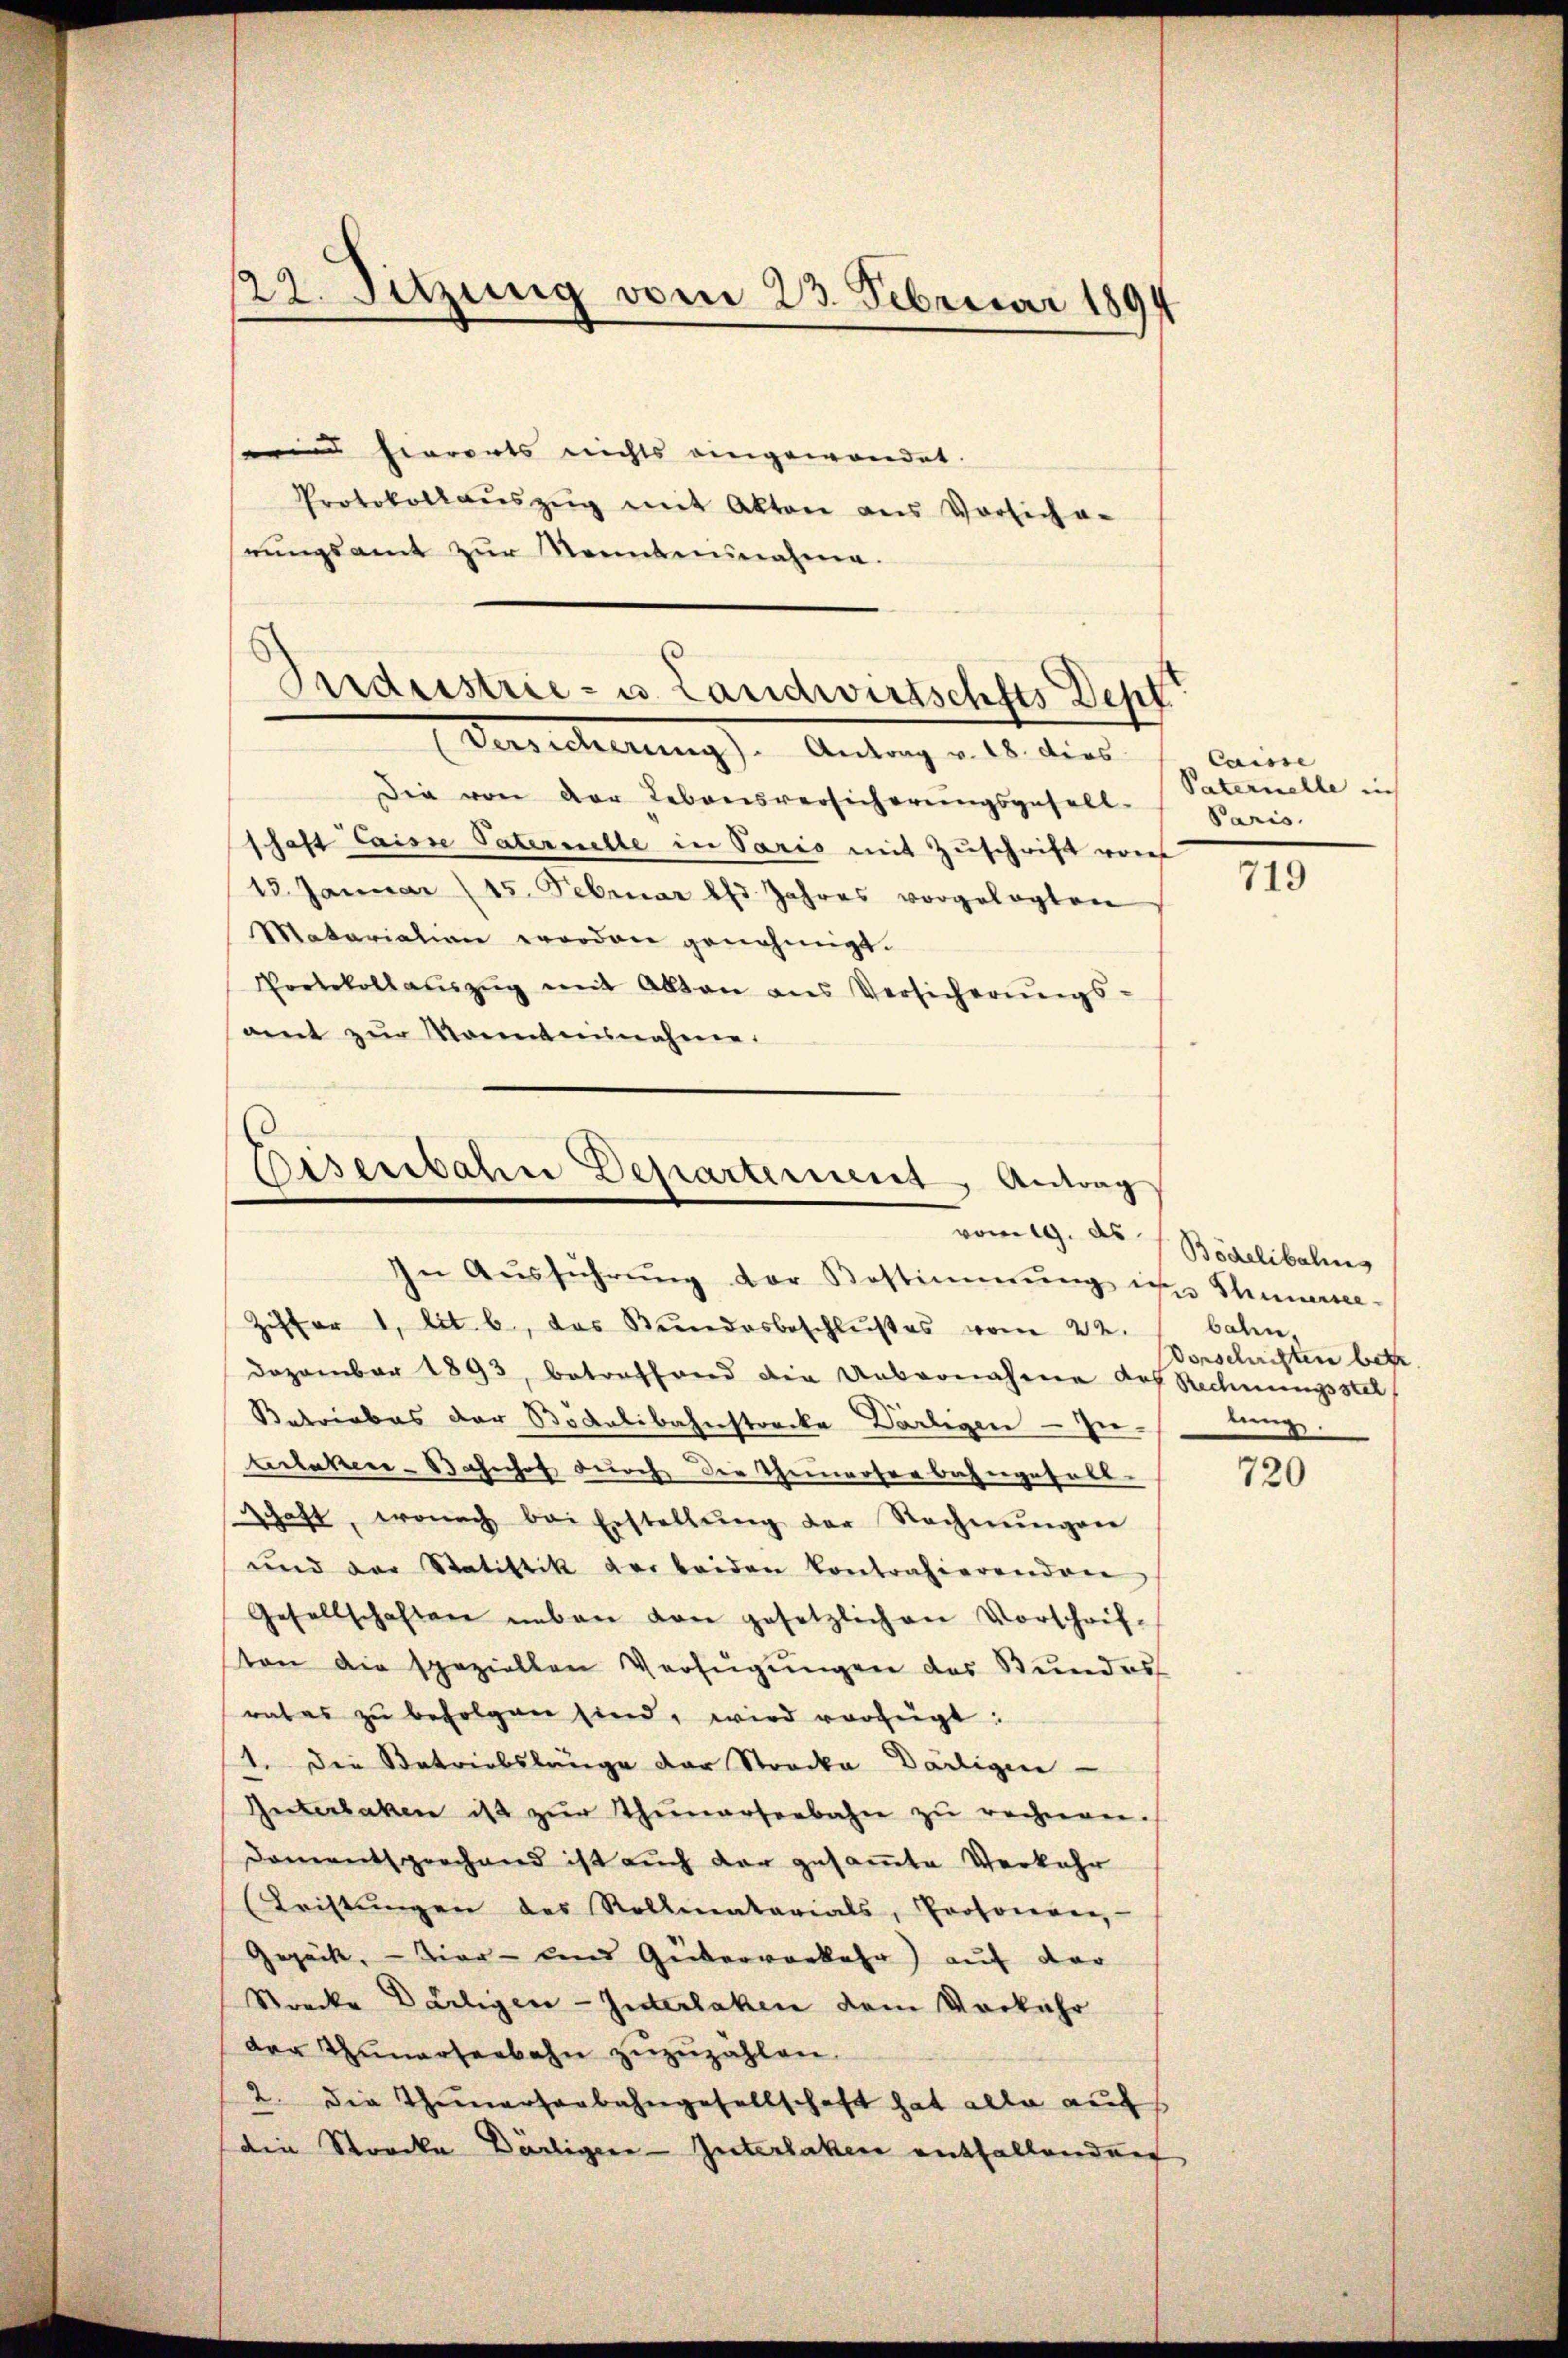
122. Sitzung vom 23. Februar 1894

n hierorts nichts eingewandet.
Protokollaŭszŭg mit Akten aus Vorsich a-
rŭngsamt zŭr Neinbannahme.

Industrie- u. Landwirtschfts Dept
Versicherung). Antrag v. 18. dies

Die von der Lebensversicherungsgesell-
schaft laisse Paternelle in Paris mit Zuschrift von
13. Januar (15. Februar d. Jahres vorgelegten
Matariation worden genehmigt.
Protokollaŭszŭg mit Akten ans Versicherŭngs-
amt zur Manntnisnahme.

Eisenbahne Departement Antrag
In Aŭsführŭng der Bestimmung in Thunerse¬

vom 19. ds / Bödelibalis

Ziffer 1, lit. b., das Bundesbeschlußes vom 22.
Dezember 1893, betreffend die Uebernahme des Rechnungsstel
Betriebes der Bödelibahnstrecke Darligen - In-
terlaken-Bahnhof durch die Theinrosenbahngefall-
schaft, wonach bei Erstellŭng der Rechnŭngen
und der Statistik der beiden kontrahierenden
Gesellschaften neben von gesetzlichen Vorschrif-
ton die speziellen Verfügŭngen des Stundes
rates zŭ befolgen sind, wird vorzügt:
1. Die Betriebslänge der Strocka Därligen
Unterlaken ist zŭr Thunerseebahn zu rechnen.
Damentsprechend ist auch der gesamte Verkehr
Kristŭngen des Rollmatarials, Protocere,
Gepäck. - Vier- und Gütervorkehr) auf der
Strecke Deiligen-Interlaken dem Vorkehr
der Thunerseebahn zuzuzahlen.
2. die Themansagbahngesellschaft hat alle auf
die Storcka Dorliger - Guterlaken entfallendung

Caise
Paternelle in
Paris.

719

balen.
Vorschriften betr
lung.

720